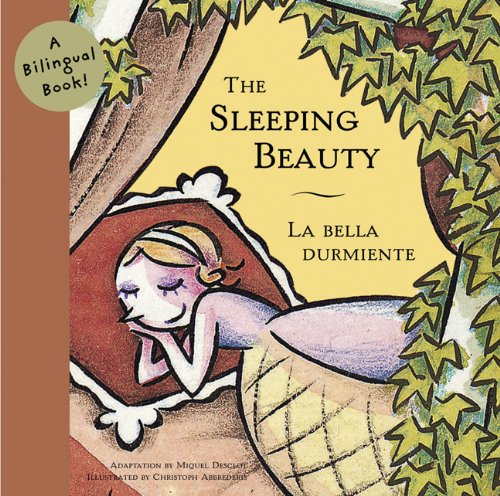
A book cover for Sleeping Beauty/La bella Dumiente: A Bilingual Book (Bilingual Fairy Tales); Miquel Desclot; Children's Books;